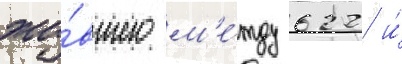
жи́вшего м'е́жду 622 и́